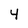
Character: 4